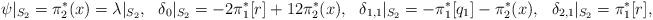
LaTeX: \begin{align*}\psi |_{S_2} &= \pi_2^*(x) = \lambda |_{S_2}, & \delta_0 |_{S_2} &= -2\pi_1^*[r] +12\pi_2^*(x), &\delta_{1,1} |_{S_2} &= -\pi_1^*[q_1] -\pi_2^*(x), & \delta_{2,1} |_{S_2} &= \pi_1^*[r], \end{align*}